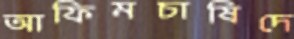
আফিমচাষিদে